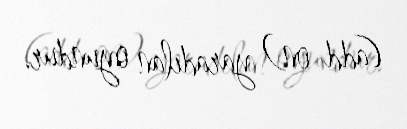
(add-on) yaradılan oyundur.